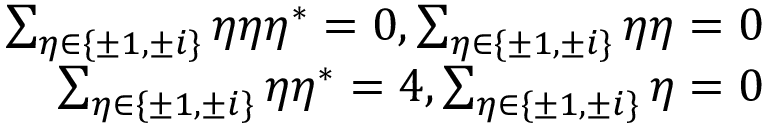
\begin{array} { r } { \sum _ { \eta \in \{ \pm 1 , \pm i \} } \eta \eta \eta ^ { * } = 0 , \sum _ { \eta \in \{ \pm 1 , \pm i \} } \eta \eta = 0 } \\ { \sum _ { \eta \in \{ \pm 1 , \pm i \} } \eta \eta ^ { * } = 4 , \sum _ { \eta \in \{ \pm 1 , \pm i \} } \eta = 0 } \end{array}